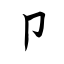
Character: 卩